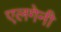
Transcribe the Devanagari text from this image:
एलगेनी